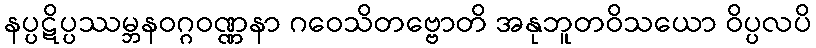
နပ္ပဋိပ္ပဿမ္ဘနဝဂ္ဂဝဏ္ဏနာ ဂဝေသိတဗ္ဗောတိ အနုဘူတဝိသယော ဝိပ္ပလပိ